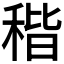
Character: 𥟠